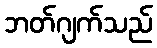
ဘတ်ဂျက်သည်